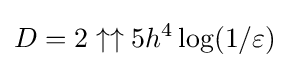
D=2\uparrow \uparrow 5h^{4}\log(1/\varepsilon )